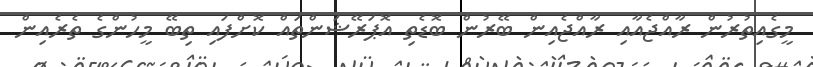
މީގެއިތުރުން ރާއްޖެއާއި ރާއްޖެއިން ބޭރުން ބޮޑެތި އޮޕަރޭޝަންތައް ކޮށްފައި ތިބޭ މީހުންގެ ތެރެއިން